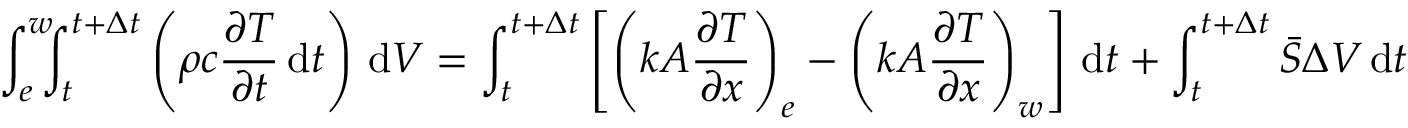
\int _ { e } ^ { w } \! \! \! \int _ { t } ^ { t + \Delta t } \left( \rho c { \frac { \partial T } { \partial t } } \, \mathrm { d } t \right) \, \mathrm { d } V = \int _ { t } ^ { t + \Delta t } \left[ \left( k A { \frac { \partial T } { \partial x } } \right) _ { e } - \left( k A { \frac { \partial T } { \partial x } } \right) _ { w } \right] \, \mathrm { d } t + \int _ { t } ^ { t + \Delta t } { \bar { S } } \Delta V \, \mathrm { d } t